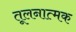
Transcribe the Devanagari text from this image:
तूलनात्मक